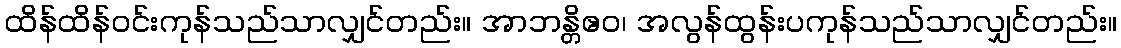
ထိန်ထိန်ဝင်းကုန်သည်သာလျှင်တည်း။ အာဘန္တိဧဝ၊ အလွန်ထွန်းပကုန်သည်သာလျှင်တည်း။